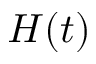
H ( t )